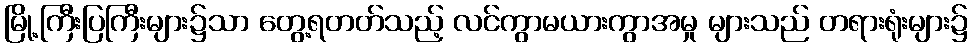
မြို့ကြီးပြကြီးများ၌သာ တွေ့ရတတ်သည့် လင်ကွာမယားကွာအမှု များသည် တရားရုံးများ၌